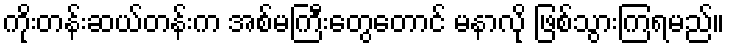
ကိုးတန်းဆယ်တန်းက အစ်မကြီးတွေတောင် မနာလို ဖြစ်သွားကြရမည်။